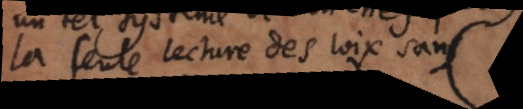
la seule lecture des loix sans